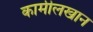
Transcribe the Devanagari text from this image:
कामीलखान